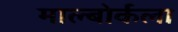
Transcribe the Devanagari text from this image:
माल्बोर्कला